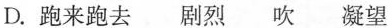
D.跑来跑去剧烈吹凝望